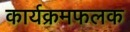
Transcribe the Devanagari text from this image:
कार्यक्रमफलक